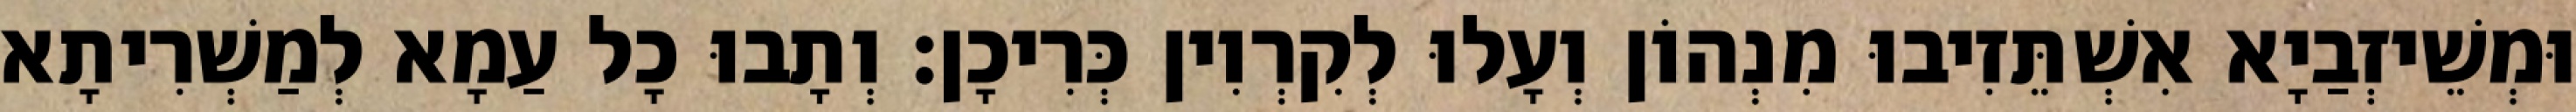
וּמְשֵׁיזְבַיָא אִשְׁתֵּזִיבוּ מִנְהוֹן וְעָלוּ לְקִרְוִין כְּרִיכָן׃ וְתָבוּ כָל עַמָא לְמַשְׁרִיתָא